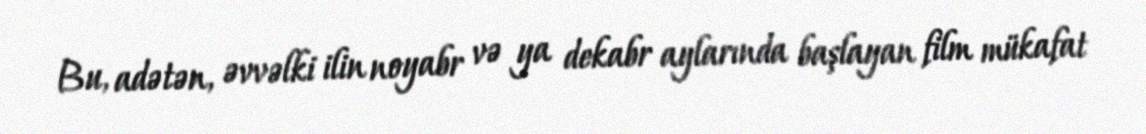
Bu, adətən, əvvəlki ilin noyabr və ya dekabr aylarında başlayan film mükafat